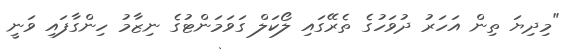
"މިދިޔަ ތިން އަހަރު ދުވަހުގެ ތެރޭގައި ލޯކަލް ގަވަމަންޓުގެ ނިޒާމު ހިންގާފައި ވަނީ